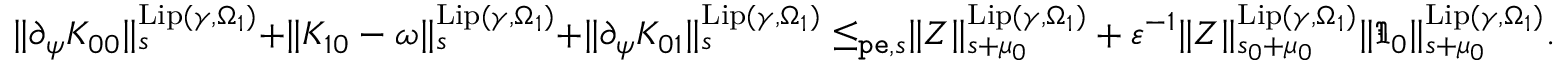
\begin{array} { r } { \rVert \partial _ { \psi } K _ { 0 0 } \rVert _ { s } ^ { \mathrm { L i p } ( \gamma , \Omega _ { 1 } ) } + \rVert K _ { 1 0 } - \omega \rVert _ { s } ^ { \mathrm { L i p } ( \gamma , \Omega _ { 1 } ) } + \rVert \partial _ { \psi } K _ { 0 1 } \rVert _ { s } ^ { \mathrm { L i p } ( \gamma , \Omega _ { 1 } ) } \le _ { \mathtt { p e } , s } \rVert Z \rVert _ { s + \mu _ { 0 } } ^ { \mathrm { L i p } ( \gamma , \Omega _ { 1 } ) } + \varepsilon ^ { - 1 } \rVert Z \rVert _ { s _ { 0 } + \mu _ { 0 } } ^ { \mathrm { L i p } ( \gamma , \Omega _ { 1 } ) } \rVert \mathfrak { I } _ { 0 } \rVert _ { s + \mu _ { 0 } } ^ { \mathrm { L i p } ( \gamma , \Omega _ { 1 } ) } . } \end{array}